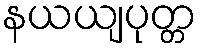
နယယျပုတ္တ